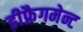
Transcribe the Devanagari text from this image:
डीफ्रैगमेन्ट